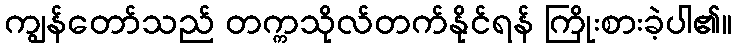
ကျွန်တော်သည် တက္ကသိုလ်တက်နိုင်ရန် ကြိုးစားခဲ့ပါ၏။